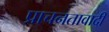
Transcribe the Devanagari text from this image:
प्राचनतावादी